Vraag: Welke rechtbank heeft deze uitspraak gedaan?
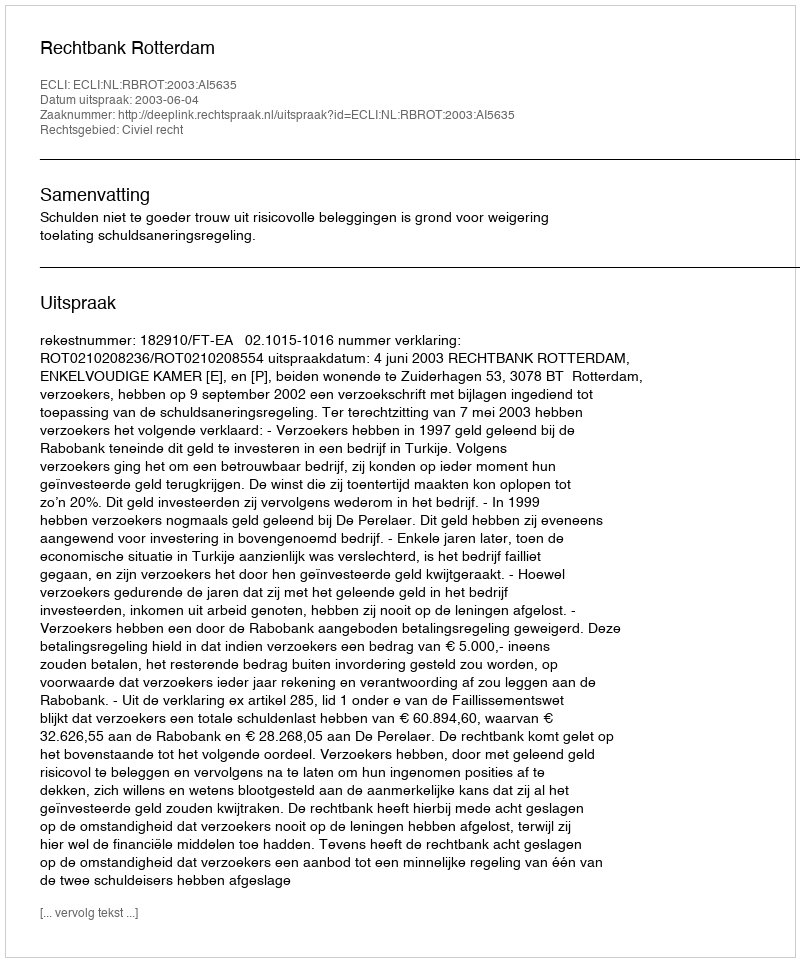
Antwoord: Rechtbank Rotterdam